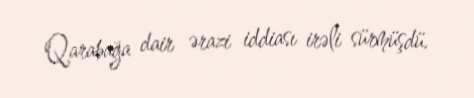
Qarabağa dair ərazi iddiası irəli sürmüşdü.